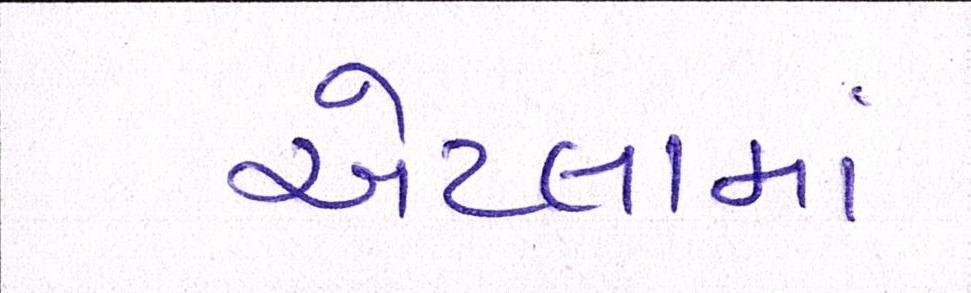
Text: એટલામાં